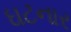
ઘટનાર